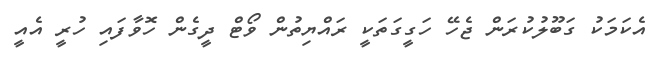
އެކަމަކު ގަބޫލުކުރަން ޖެހޭ ހަގީގަތަކީ ރައްޔިތުން ވޯޓް ދީގެން ހޮވާފައި ހުރީ އެއީ